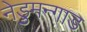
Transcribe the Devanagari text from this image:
नेडुमन्गाड